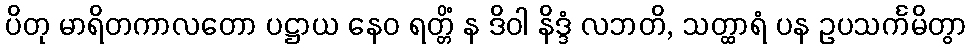
ပိတု မာရိတကာလတော ပဋ္ဌာယ နေဝ ရတ္တိံ န ဒိဝါ နိဒ္ဒံ လဘတိ, သတ္ထာရံ ပန ဥပသင်္ကမိတွာ